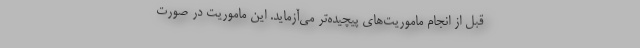
قبل از انجام ماموریت‌های پیچیده‌تر می‌آزماید. این ماموریت در صورت